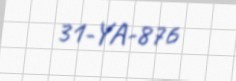
31-YA-876